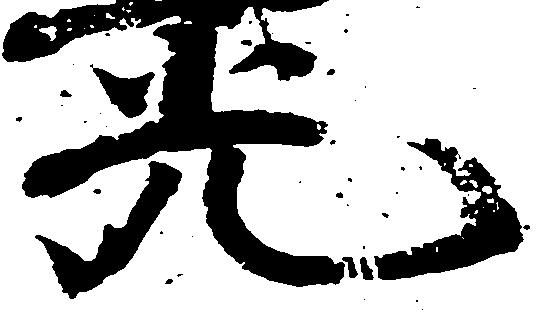
光